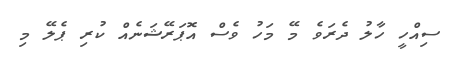
ސިއްހީ ހާލު ދެރަވެ މޭ މަހު ވެސް އޮޕަރޭޝަނެއް ކުރި ޕެލޭ މި